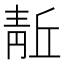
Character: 𬰘